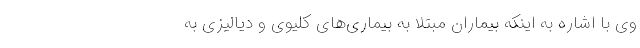
وی با اشاره به اینکه بیماران مبتلا به بیماری‌های کلیوی و دیالیزی به